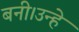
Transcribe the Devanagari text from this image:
बनी।उन्हे